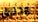
مخترق